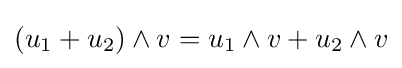
(u_{1}+u_{2})\wedge v=u_{1}\wedge v+u_{2}\wedge v